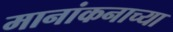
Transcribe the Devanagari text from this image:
मानांकनाच्या